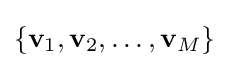
\{\mathbf {v} _{1},\mathbf {v} _{2},\ldots ,\mathbf {v} _{M}\}